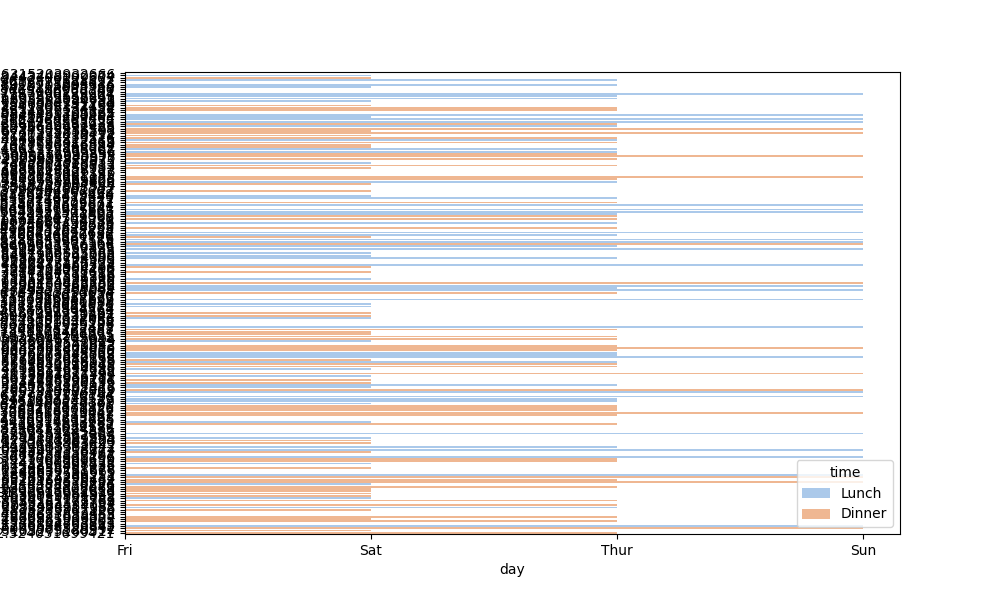
python, seaborn, barplot, hue='time', palette='pastel', ci=None, orient='h'